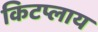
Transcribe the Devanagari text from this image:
किटप्लाय